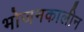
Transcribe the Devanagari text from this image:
भोजनकालीन